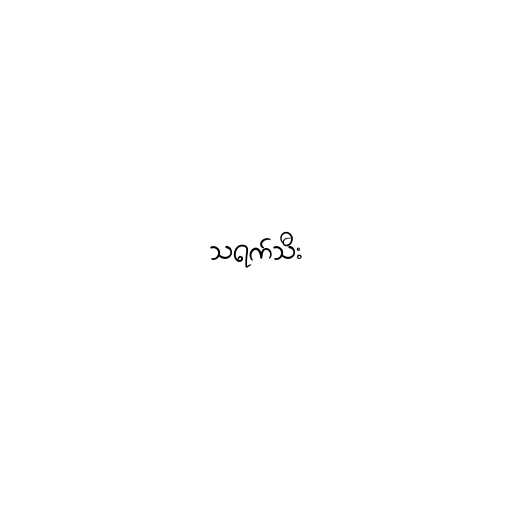
သရက်သီး